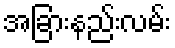
အခြားနည်းလမ်း